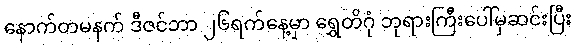
နောက်တမနက် ဒီဇင်ဘာ ၂၆ရက်နေ့မှာ ရွှေတိဂုံ ဘုရားကြီးပေါ်မှဆင်းပြီး